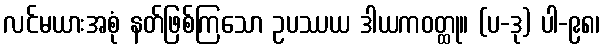
လင်မယားအစုံ နတ်ဖြစ်ကြသော ဥပဿယ ဒါယကဝတ္ထု။ (ပ-ဒု) ပါ-၉၈၊